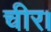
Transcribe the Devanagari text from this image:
चीर।